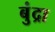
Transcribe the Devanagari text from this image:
बुंद्रा